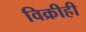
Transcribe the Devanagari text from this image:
विक्रीही